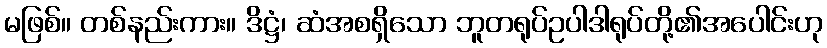
မဖြစ်။ တစ်နည်းကား။ ဒိဋ္ဌံ၊ ဆံအစရှိသော ဘူတရုပ်ဥပါဒါရုပ်တို့၏အပေါင်းဟု